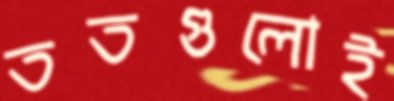
ততগুলোই